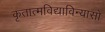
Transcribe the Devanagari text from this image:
कृतात्मविद्याविन्यासो